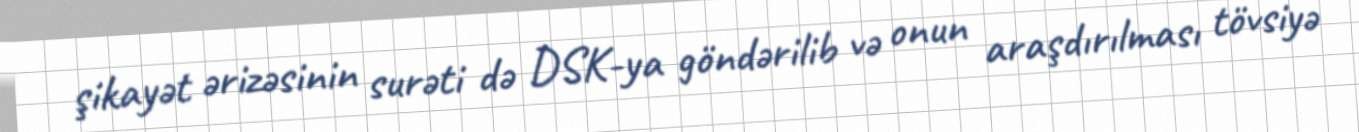
şikayət ərizəsinin surəti də DSK-ya göndərilib və onun araşdırılması tövsiyə